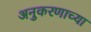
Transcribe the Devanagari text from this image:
अनुकरणाच्या